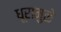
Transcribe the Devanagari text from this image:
धूरामुळे